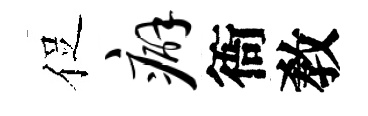
促癖衙敎